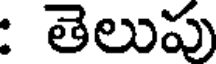
: తెలుపు